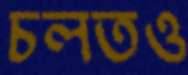
চলতও